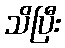
သိပြီး